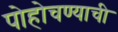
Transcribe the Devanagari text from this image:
पोहोचण्याची